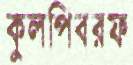
কুলপিবরফ